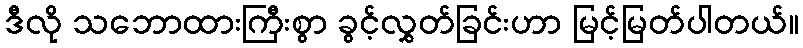
ဒီလို သဘောထားကြီးစွာ ခွင့်လွှတ်ခြင်းဟာ မြင့်မြတ်ပါတယ်။